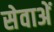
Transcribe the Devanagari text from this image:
सेवाअें